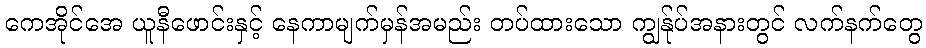
ကေအိုင်အေ ယူနီဖောင်းနှင့် နေကာမျက်မှန်အမည်း တပ်ထားသော ကျွန်ုပ်အနားတွင် လက်နက်တွေ